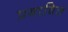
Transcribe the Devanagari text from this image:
प्रबावित